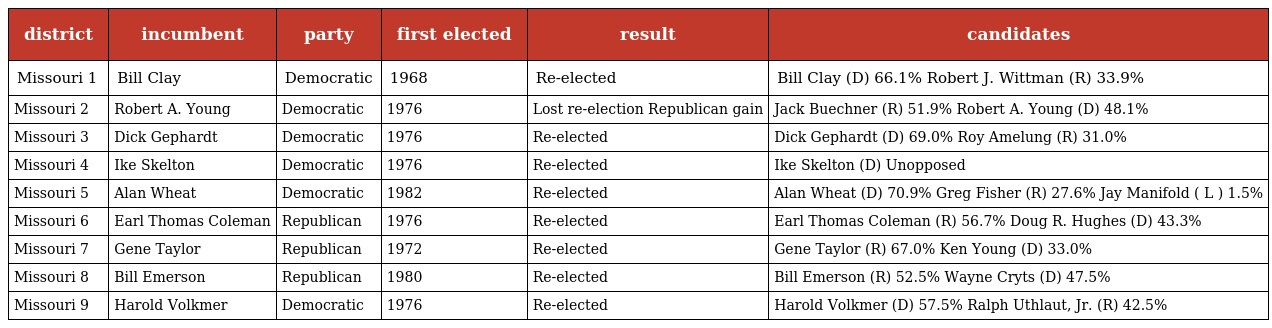
| district | incumbent | party | first elected | result | candidates |
 | --- | --- | --- | --- | --- | --- |
 | Missouri 1 | Bill Clay | Democratic | 1968 | Re-elected | Bill Clay (D) 66.1% Robert J. Wittman (R) 33.9% |
 | Missouri 2 | Robert A. Young | Democratic | 1976 | Lost re-election Republican gain | Jack Buechner (R) 51.9% Robert A. Young (D) 48.1% |
 | Missouri 3 | Dick Gephardt | Democratic | 1976 | Re-elected | Dick Gephardt (D) 69.0% Roy Amelung (R) 31.0% |
 | Missouri 4 | Ike Skelton | Democratic | 1976 | Re-elected | Ike Skelton (D) Unopposed |
 | Missouri 5 | Alan Wheat | Democratic | 1982 | Re-elected | Alan Wheat (D) 70.9% Greg Fisher (R) 27.6% Jay Manifold ( L ) 1.5% |
 | Missouri 6 | Earl Thomas Coleman | Republican | 1976 | Re-elected | Earl Thomas Coleman (R) 56.7% Doug R. Hughes (D) 43.3% |
 | Missouri 7 | Gene Taylor | Republican | 1972 | Re-elected | Gene Taylor (R) 67.0% Ken Young (D) 33.0% |
 | Missouri 8 | Bill Emerson | Republican | 1980 | Re-elected | Bill Emerson (R) 52.5% Wayne Cryts (D) 47.5% |
 | Missouri 9 | Harold Volkmer | Democratic | 1976 | Re-elected | Harold Volkmer (D) 57.5% Ralph Uthlaut, Jr. (R) 42.5% |